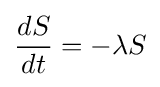
{\frac {dS}{dt}}=-\lambda S